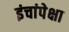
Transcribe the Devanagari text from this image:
इंचांपेक्षा